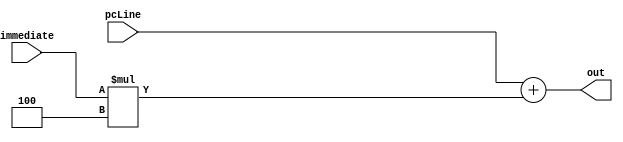
module shiftAdder(out, pcLine, immediate);

    input [31:0] pcLine, immediate;
    output reg [31:0] out;
    
      always@(pcLine, immediate)begin
        out <= pcLine + (immediate*4);
      end


endmodule